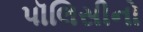
પૉલિસીનો